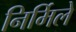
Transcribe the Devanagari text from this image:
निर्मिलें